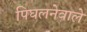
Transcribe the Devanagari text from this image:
पिघलनेवाले